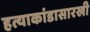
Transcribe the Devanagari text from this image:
हत्याकांडासारखी